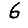
Digit: 6